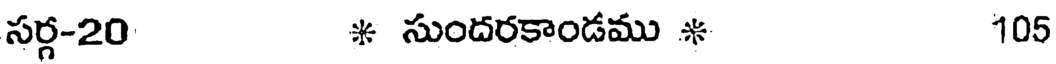
సర్గ-20 * సుందరకాండము * 105